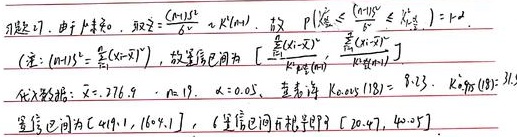
本题可。由于\(\mu\)未知，取\(\hat{\sigma}^{2}=\frac{S_{n - 1}^{2}}{n}\sim\chi^{2}(n - 1)\)，故
\[P\left(\chi_{1 - \frac{\alpha}{2}}^{2}(n - 1)\leqslant\frac{(n - 1)S_{n - 1}^{2}}{\sigma^{2}}\leqslant\chi_{\frac{\alpha}{2}}^{2}(n - 1)\right)=1 - \alpha\]
（注：\((n - 1)S_{n - 1}^{2}=\sum_{i = 1}^{n}(X_{i}-\overline{X})^{2}\)），故置信区间为
\(\left[\frac{\sum_{i = 1}^{n}(X_{i}-\overline{X})^{2}}{\chi_{\frac{\alpha}{2}}^{2}(n - 1)},\frac{\sum_{i = 1}^{n}(X_{i}-\overline{X})^{2}}{\chi_{1 - \frac{\alpha}{2}}^{2}(n - 1)}\right]\)
代入数据：\(\overline{x}=276.9\)，\(n = 19\)，\(\alpha = 0.05\)，查得\(\chi_{0.975}^{2}(18)=8.23\)，\(\chi_{0.025}^{2}(18)=31.5\)，置信区间为\([41.9,164.7]\)，（另一个置信区间无相关推导）【 \(20.47,40.45\) 】